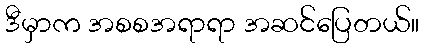
ဒီမှာက အစစအရာရာ အဆင်ပြေတယ်။